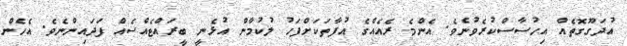
އުދަގޫގޮތެއް އިހުސާސްކުރެވުނެވެ. އެންމެ ރެއެއްގެ އުފާތަކަށްފަހު ލުކުމާން އުޅެނީ ބީރައްޓެއްސެއް ފަދައިންނެވެ. އެހެން